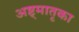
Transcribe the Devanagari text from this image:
अष्ट्मातृका